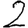
Digit: 2